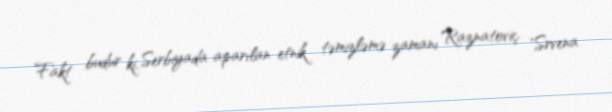
Fakt budur ki, Serbiyada aparılan etnik təmizləmə zamanı Raznatoviç "Srvena